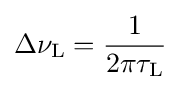
\Delta \nu _{\rm {L}}={\frac {1}{2\pi \tau _{\rm {L}}}}